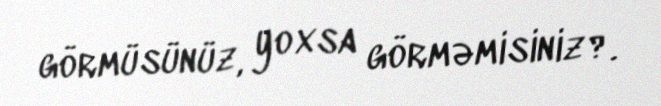
görmüsünüz, yoxsa görməmisiniz?.